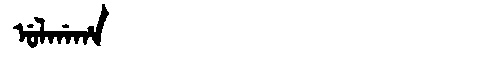
Manchu: ᡠᠯᡤᠠᡥᠠ
Romanization: ULGAHA